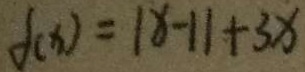
f ( x ) = \vert x - 1 \vert + 3 x